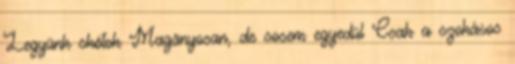
Legyünk skótok Magányosan, de sosem egyedül Csak a szokásos